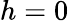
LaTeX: h=0